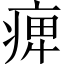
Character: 𤷒